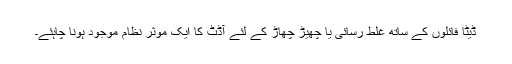
ڈیٹا فائلوں کے ساتھ غلط رسائی یا چھیڑ چھاڑ کے لئے آڈٹ کا ایک موثر نظام موجود ہونا چاہئے۔